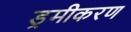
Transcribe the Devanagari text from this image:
ड्रमीकरण